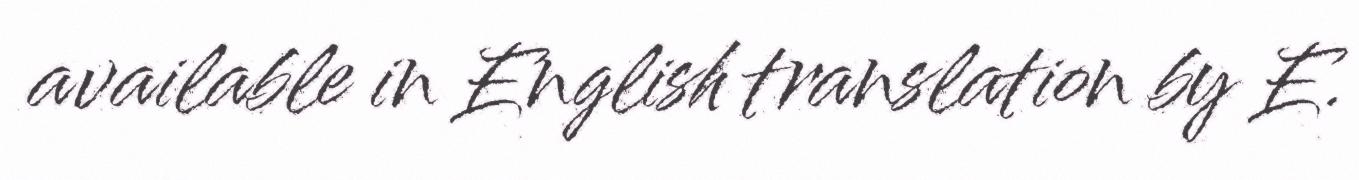
available in English translation by E.